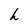
Character: h